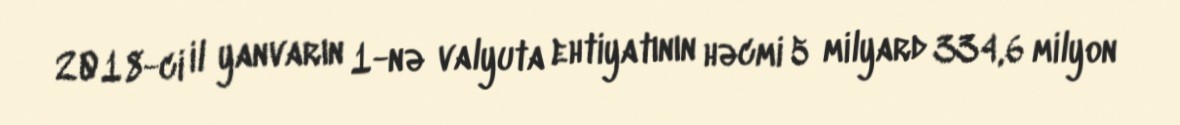
2018-ci il yanvarın 1-nə valyuta ehtiyatının həcmi 5 milyard 334,6 milyon